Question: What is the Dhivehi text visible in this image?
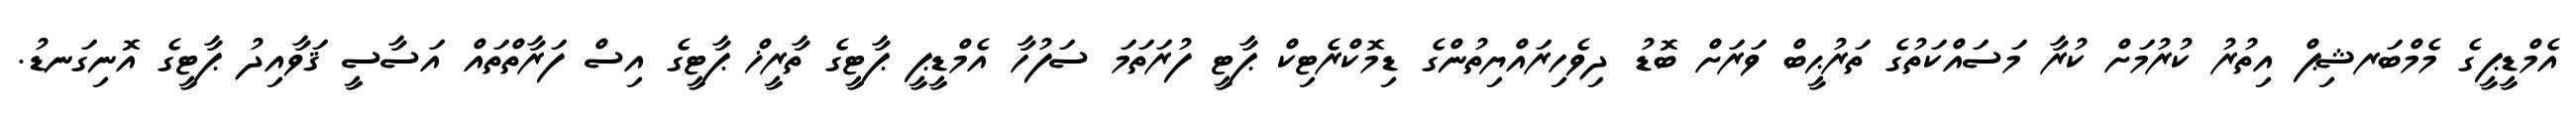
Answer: އެމްޑީޕީގެ މެމްބަރޝިޕް އިތުރު ކުރުމަށް ކުރާ މަސައްކަތުގެ ތަރުޙީބް ވަރަށް ބޮޑު ދިވެހިރައްޔިތުންގެ ޑިމޮކްރެޓިކް ޕާޓީ ފުރަތަމަ ސަފުހާ އެމްޑީޕީ ޕާޓީގެ ތާރީޚް ޕާޓީގެ އިސް ފަރާތްތައް އަސާސީ ޤަވާއިދު ޕާޓީގެ އޮނިގަނޑު.